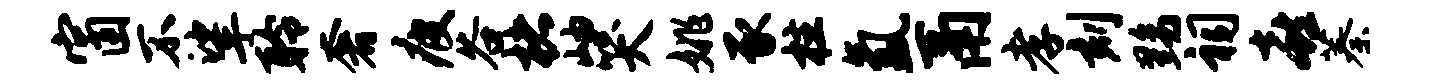
窗不挲聆奢疲谷楮岫哭姚豕柱氲鬲孝刻黝祠喜蓁